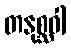
တနုစ္ဆဝါ